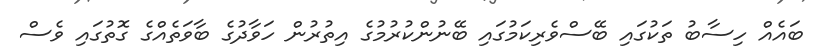
ބައެއް ހިސާބު ތަކުގައި ބޭސްވެރިކަމުގައި ބޭނުންކުރުމުގެ އިތުރުން ހަވާދުގެ ބާވަތެއްގެ ގޮތުގައި ވެސް